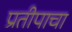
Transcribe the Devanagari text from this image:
प्रतीपाचा